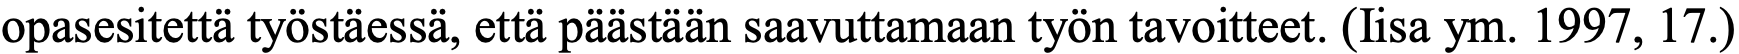
opasesitettä työstäessä, että päästään saavuttamaan työn tavoitteet. (Iisa ym. 1997, 17.)